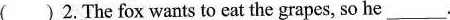
( ) 2.The fox wants to eat the grapes, so he___.